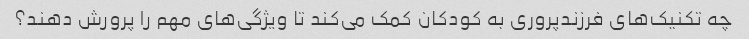
چه تکنیک‌های فرزندپروری به کودکان کمک می‌کند تا ویژگی‌های مهم را پرورش دهند؟